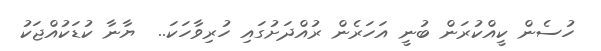
ހުސެން ކީއްކުރަން ބުނީ އަހަރެން ރުއްދަށުގައި ހުރިވާހަކަ..  ޔާނާ ކުޑަކުއްޖަކު